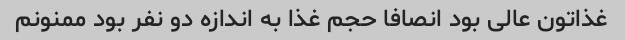
غذاتون عالی بود انصافا حجم غذا به اندازه دو نفر بود ممنونم